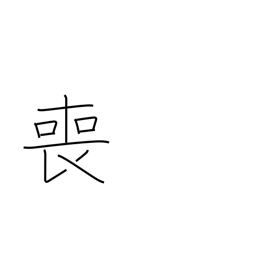
Meaning: miss